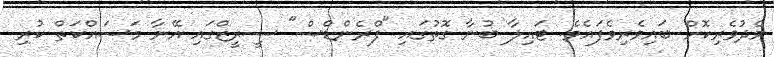
މެދުވެރިކޮށް ބައިވެރިވެފައެވެ. ޓައިލާ ބުނާ ގޮތުގައި "ފްރެންޑްސް" ސީރީޒްގައި އޭނާ މަސައްކަތް ކުރި